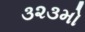
૩૨૩મો